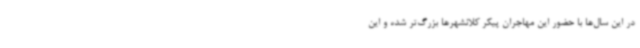
در این سال‌ها با حضور این مهاجران پیکر کلانشهرها بزرگ‌تر شده و این